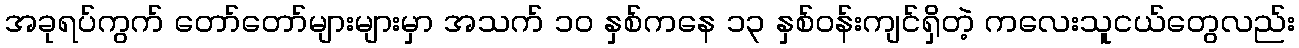
အခုရပ်ကွက် တော်တော်များများမှာ အသက် ၁၀ နှစ်ကနေ ၁၃ နှစ်ဝန်းကျင်ရှိတဲ့ ကလေးသူငယ်တွေလည်း